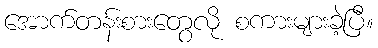
အောက်တန်းစားတွေလို စကားများခဲ့ပြီ။